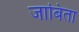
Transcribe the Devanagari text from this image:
जाबिता